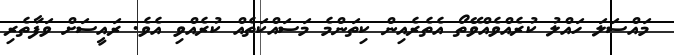
މައްސަލަ ހައްލު ކުރެއްވެއްވޭތޯ އެތެރެއިން ކިތަންމެ މަސައްކަތެއް ކުރެއްވި އެވެ. ރައީސަށް ވަފާތެރި